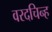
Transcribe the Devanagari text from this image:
वरदचिन्ह